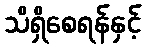
သိရှိစေရန်နှင့်